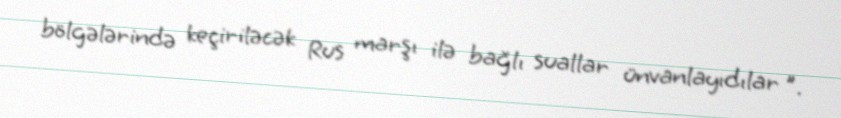
bölgələrində keçiriləcək Rus marşı ilə bağlı suallar ünvanlayıdılar ”.